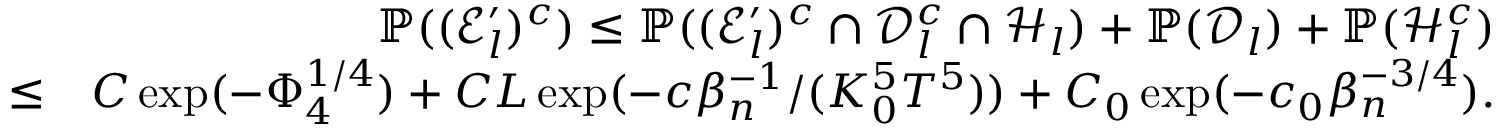
\begin{array} { r l r } & { } & { \mathbb { P } ( ( \mathscr { E } _ { l } ^ { \prime } ) ^ { c } ) \leq \mathbb { P } ( ( \mathscr { E } _ { l } ^ { \prime } ) ^ { c } \cap \mathcal { D } _ { l } ^ { c } \cap \mathcal { H } _ { l } ) + \mathbb { P } ( \mathcal { D } _ { l } ) + \mathbb { P } ( \mathcal { H } _ { l } ^ { c } ) } \\ & { \leq } & { C \exp ( - \Phi _ { 4 } ^ { 1 \slash 4 } ) + C L \exp ( - c \beta _ { n } ^ { - 1 } \slash ( K _ { 0 } ^ { 5 } T ^ { 5 } ) ) + C _ { 0 } \exp ( - c _ { 0 } \beta _ { n } ^ { - 3 \slash 4 } ) . } \\ & { } & \end{array}